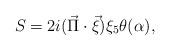
LaTeX: \begin{align*}S = 2i(\vec{\Pi}\cdot \vec{\xi})\xi _{5}\theta (\alpha ), \end{align*}